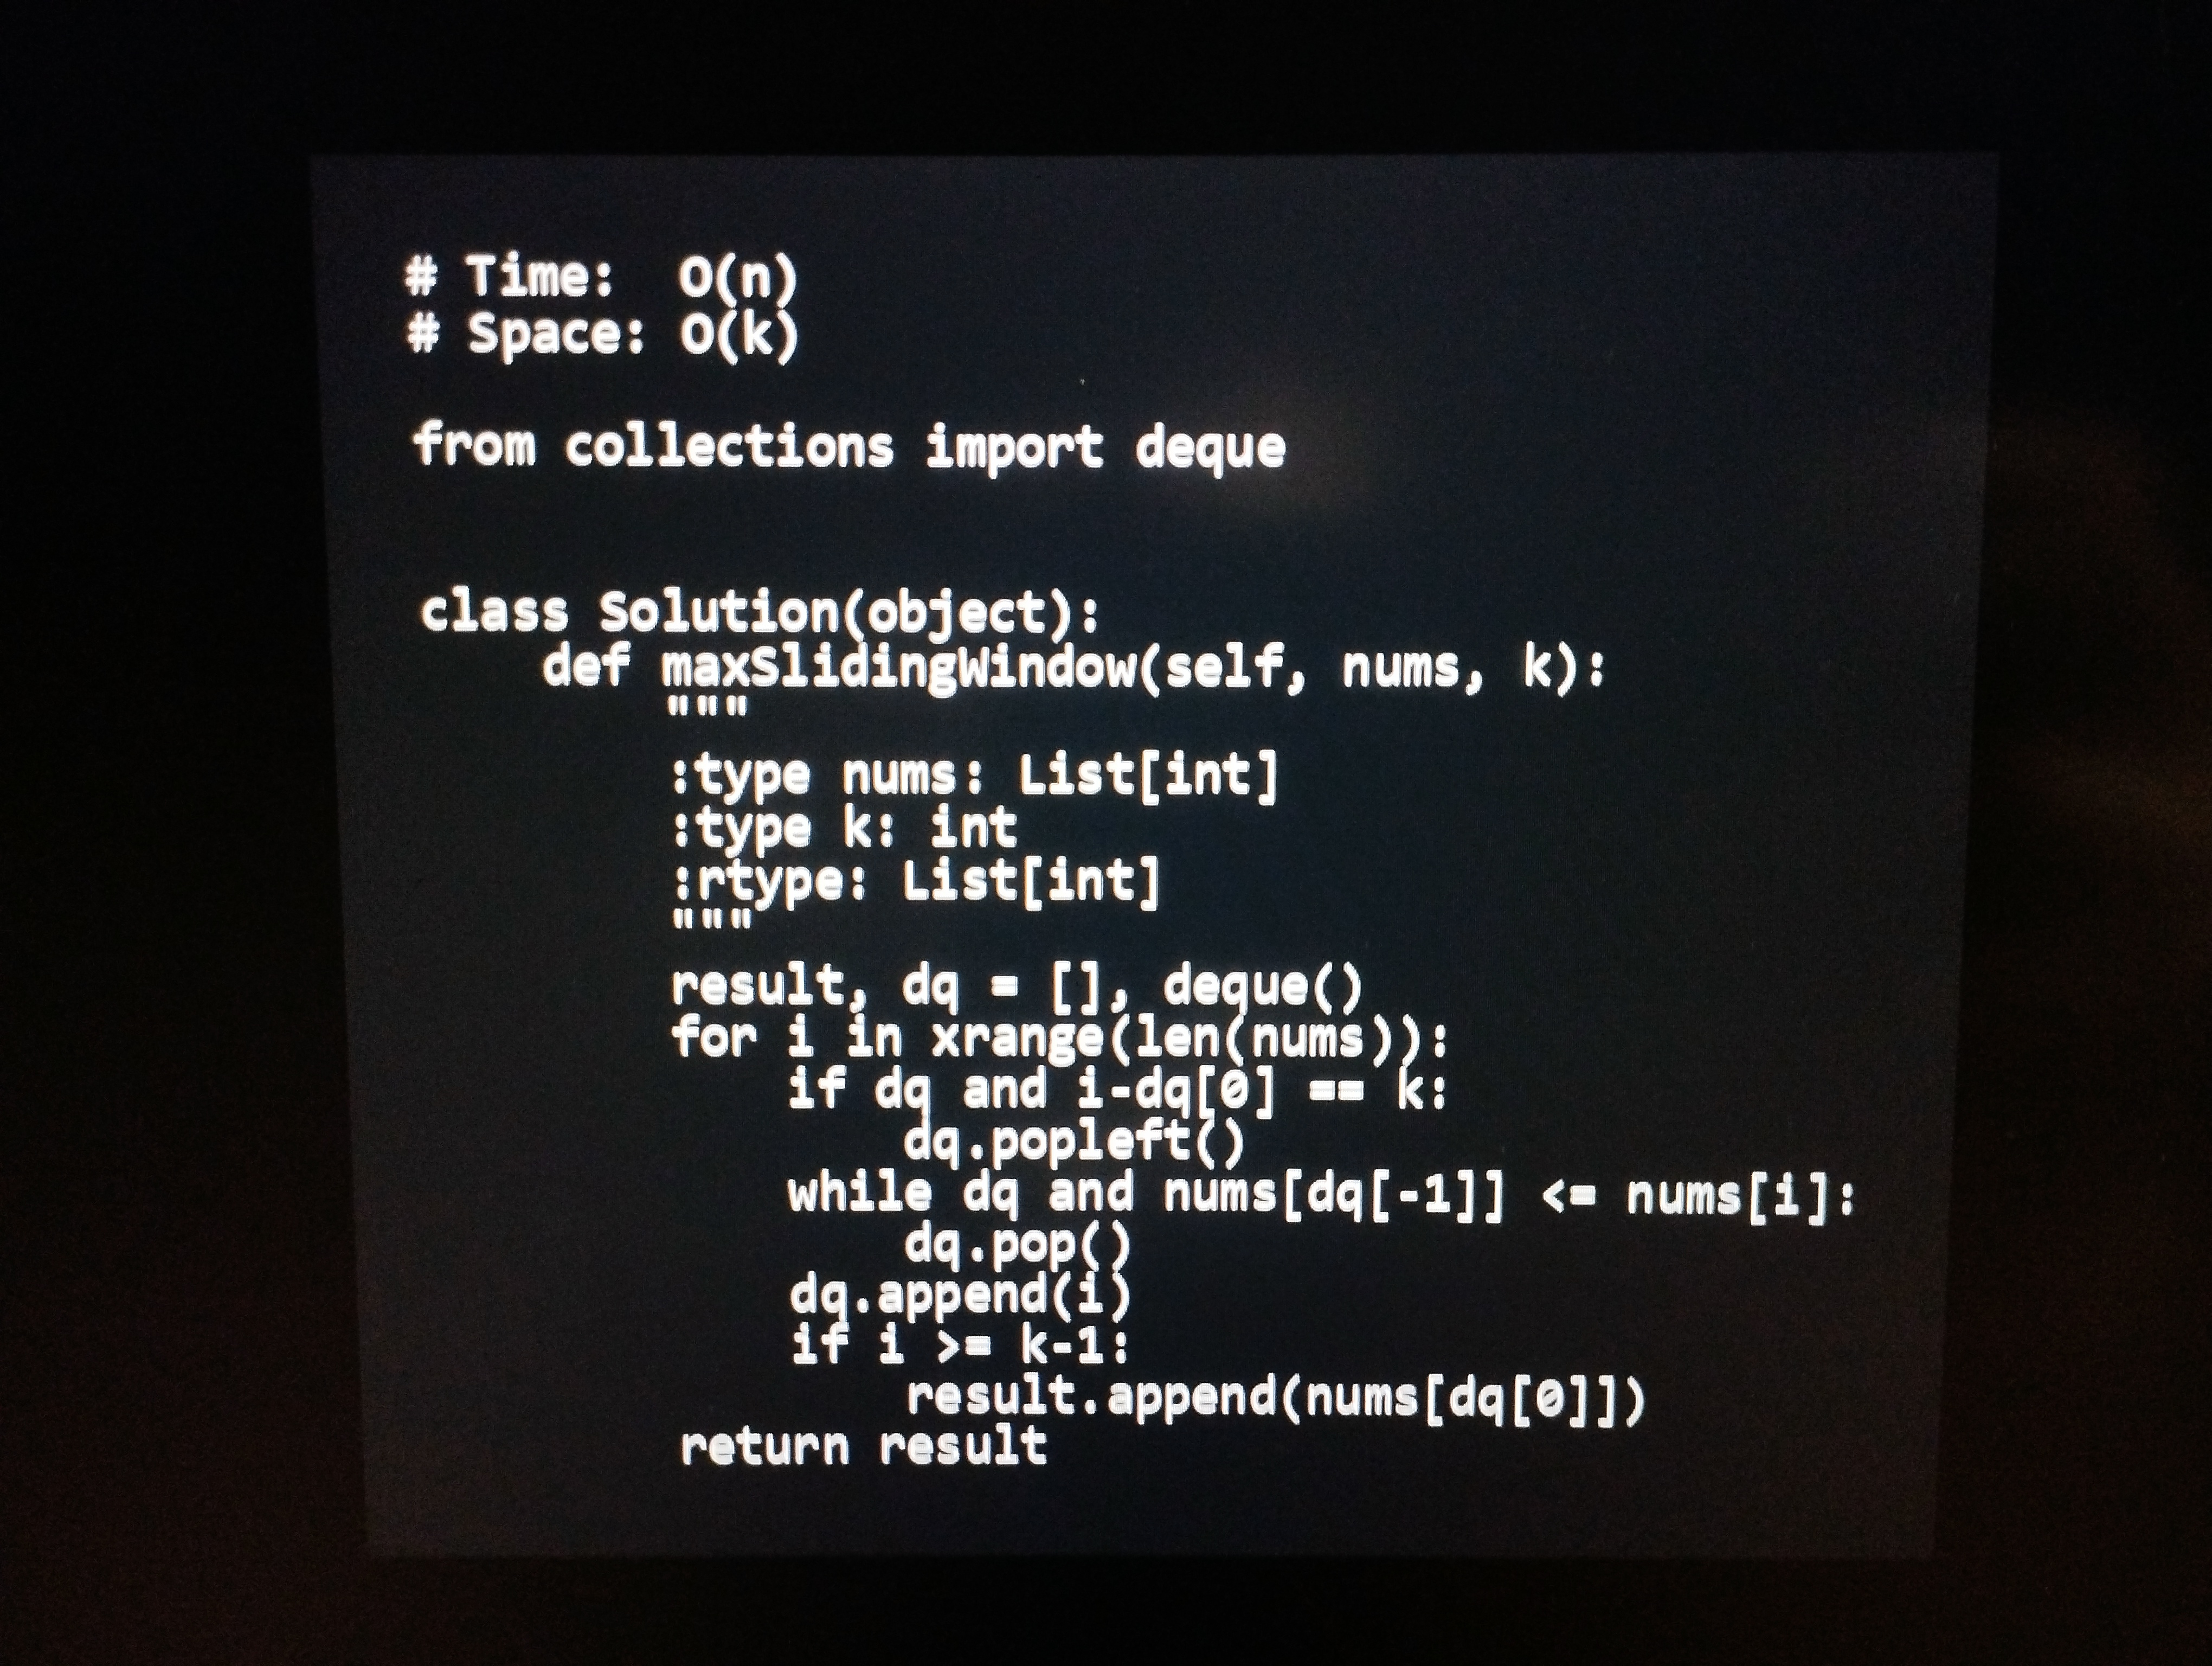
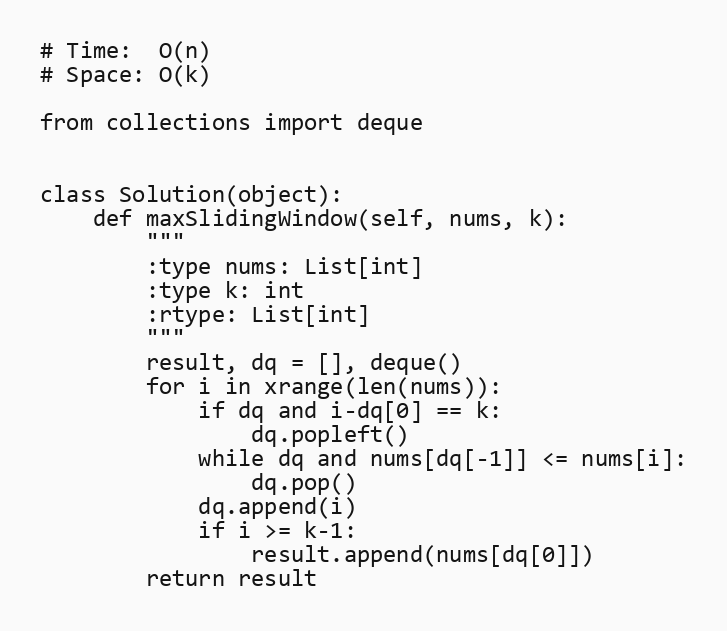
# Time:  O(n)
# Space: O(k)

from collections import deque

class Solution(object):
    def maxSlidingWindow(self, nums, k):
        """
        :type nums: List[int]
        :type k: int
        :rtype: List[int]
        """
        result, dq = [], deque()
        for i in xrange(len(nums)):
            if dq and i-dq[0] == k:
                dq.popleft()
            while dq and nums[dq[-1]] <= nums[i]:
                dq.pop()
            dq.append(i)
            if i >= k-1:
                result.append(nums[dq[0]])
        return result